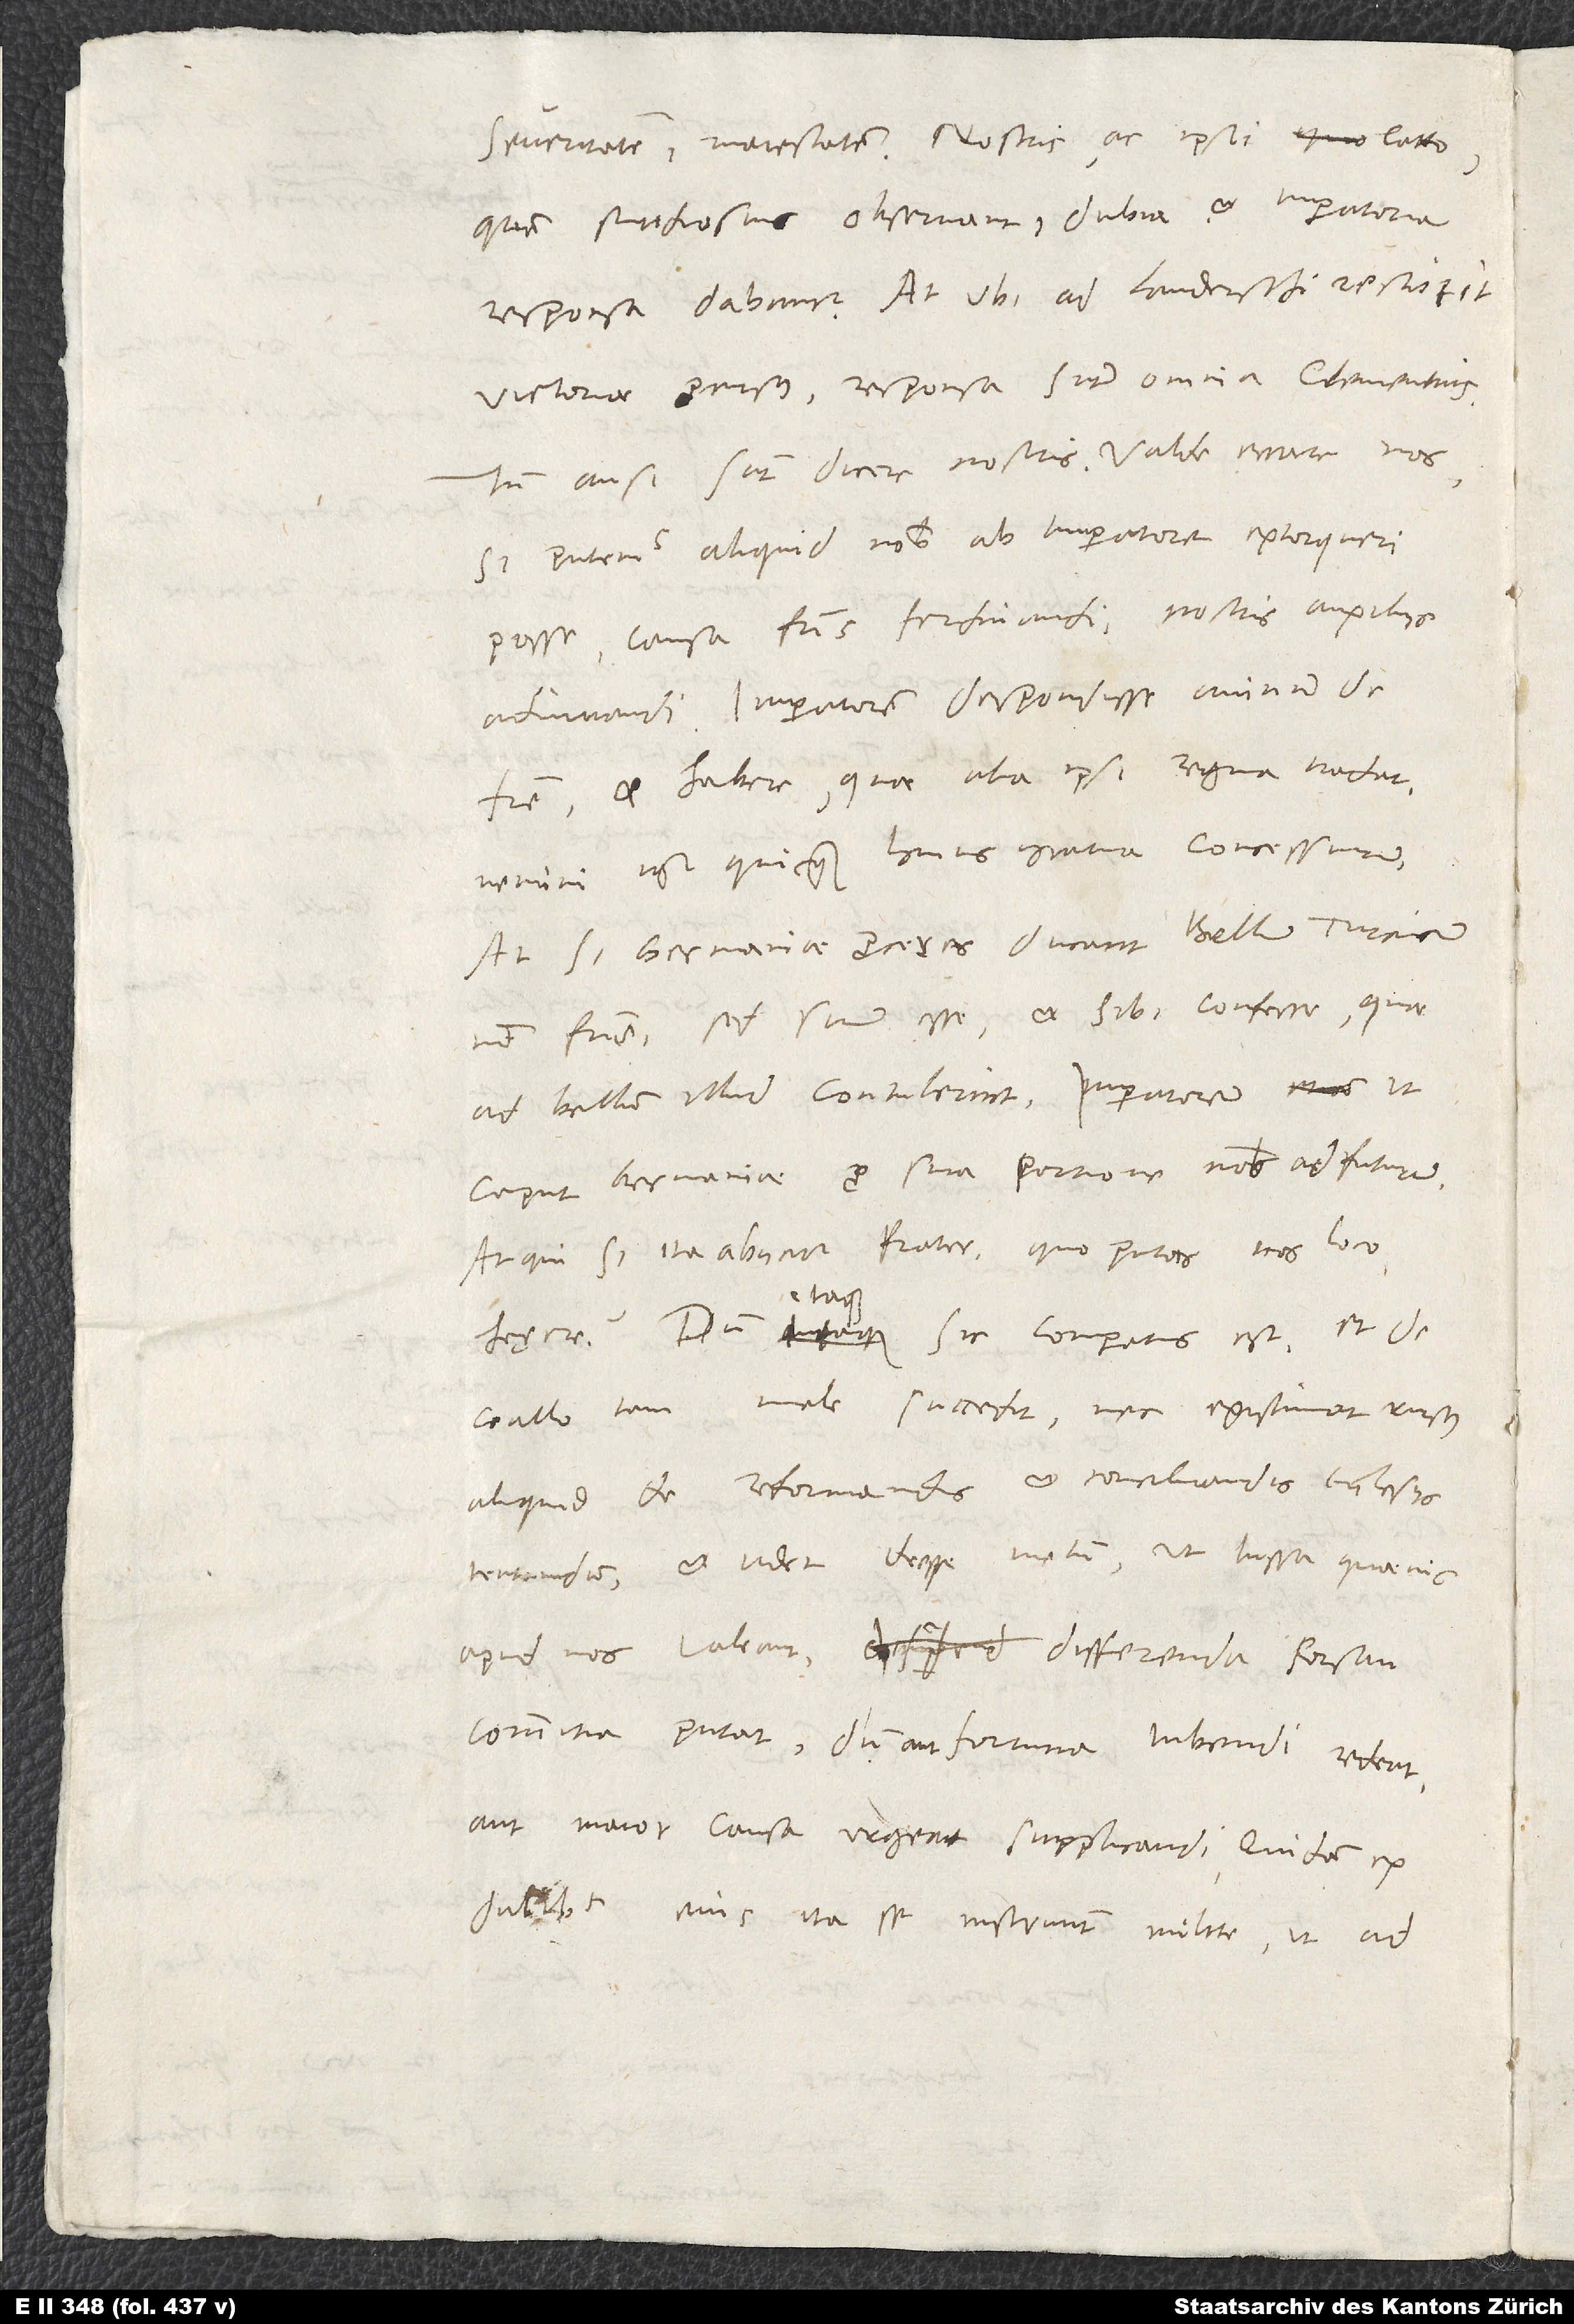
severitatem, maiestatem. Nostris ac ipsi Catto,
quem studiosius observant, dubia et imperatoria
responsa dabantur. At ubi ad Landerschi restitit
victoriae procursus, responsa sunt omnia clementius.
Tum ausi sunt dicere nostris valde errare nos,
si putemus aliquid nobis ab imperatore extorqueri
posse causa fratris Ferdinandi nostris auxiliis
adiuvandi. Imperatorem despondisse animum de
fratre et habere, quae alia ipsi regna tradat;
nemini igitur quicquam huius gratia concessurum.
At si Germaniae proceres ducant bellum Turcicum,
non fratris, sed suum esse et sibi conferre, quae
ad bellum illud contulerint. Imperatorem ut
caput Germaniae pro sua portione nobis adfuturum.
Atqui, si ita abiicitur frater, quo putas nos loco
hęrere? Dum itaque sic comparatus est et de
Gallo tam male succedit nec existimat rursus
aliquid de reformandis et conciliandis ecclesiis
tentandum et videt deesse metum, ut iussa quaevis
apud nos valeant, differenda forsan
commitia putat, dum aut fortuna iubendi redeat
aut maior causa urgeat supplicandi. Quidam ex
ducibus eius ita se instruunt milite, ut ad